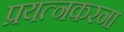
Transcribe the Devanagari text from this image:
प्रयत्नकरना